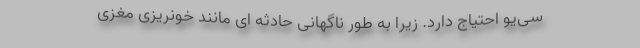
‌سی‌یو احتیاج دارد. زیرا به طور ناگهانی حادثه ای مانند خونریزی مغزی